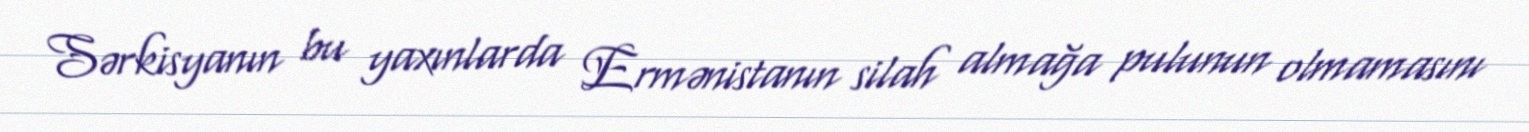
Sərkisyanın bu yaxınlarda Ermənistanın silah almağa pulunun olmamasını